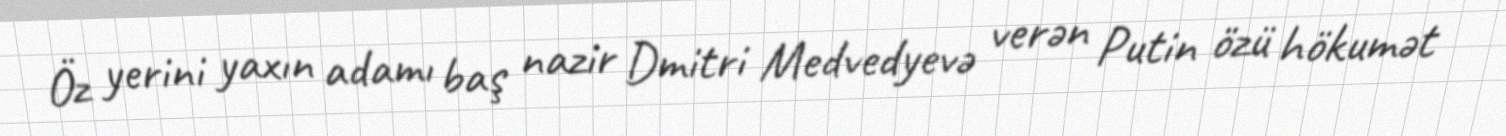
Öz yerini yaxın adamı baş nazir Dmitri Medvedyevə verən Putin özü hökumət